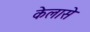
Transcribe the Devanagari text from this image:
केलासे